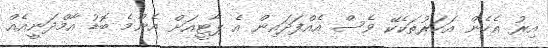
އިރު އެހެން އަހަރުތަކެކޭ ވެސް އެއްފަދައިން އެ ޕާޓީއަށް އެންމެ ބޮޑު އާމްދަނީއެއް